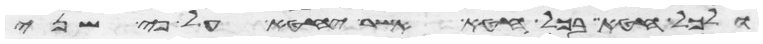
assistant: ולכל חטא בכל חטא אשר יחטא על פי שני